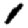
Digit: 1